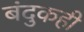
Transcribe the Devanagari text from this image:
बंदुकही